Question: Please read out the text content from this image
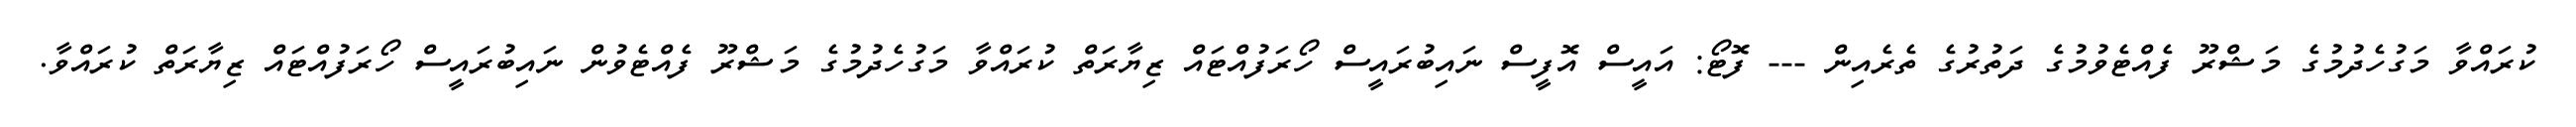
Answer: ކުރައްވާ މަގުހެދުމުގެ މަޝްރޫ ފެއްޓެވުމުގެ ދަތުރުގެ ތެރެއިން --- ފޮޓޯ: އައީސް އޮފީސް ނައިބުރައީސް ހޯރަފުއްޓައް ޒިޔާރަތް ކުރައްވާ މަގުހެދުމުގެ މަޝްރޫ ފެއްޓެވުން ނައިބުރައީސް ހޯރަފުއްޓައް ޒިޔާރަތް ކުރައްވާ.